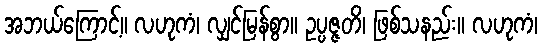
အဘယ်ကြောင့်။ လဟုကံ၊ လျှင်မြန်စွာ။ ဥပ္ပဇ္ဇတိ၊ ဖြစ်သနည်း။ လဟုကံ၊